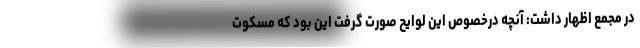
در مجمع اظهار داشت: آنچه درخصوص این لوایح صورت گرفت این بود که مسکوت